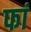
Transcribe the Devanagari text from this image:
फां